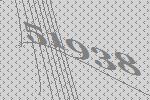
51938